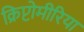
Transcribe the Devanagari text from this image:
क्रिप्टोमीरिया